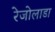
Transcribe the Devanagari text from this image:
रेजोलाडा